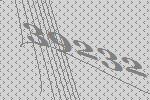
39232